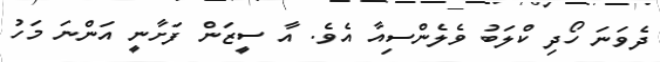
ދެވަނަ ހޯދި ކްލަބު ވެލެންސިއާ އެވެ. އާ ސީޒަން ފަށާނީ އަންނަ މަހު